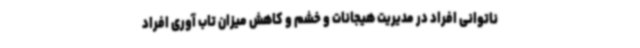
ناتوانی افراد در مدیریت هیجانات و خشم و کاهش میزان تاب آوری افراد